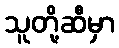
သူတို့ဆီမှာ